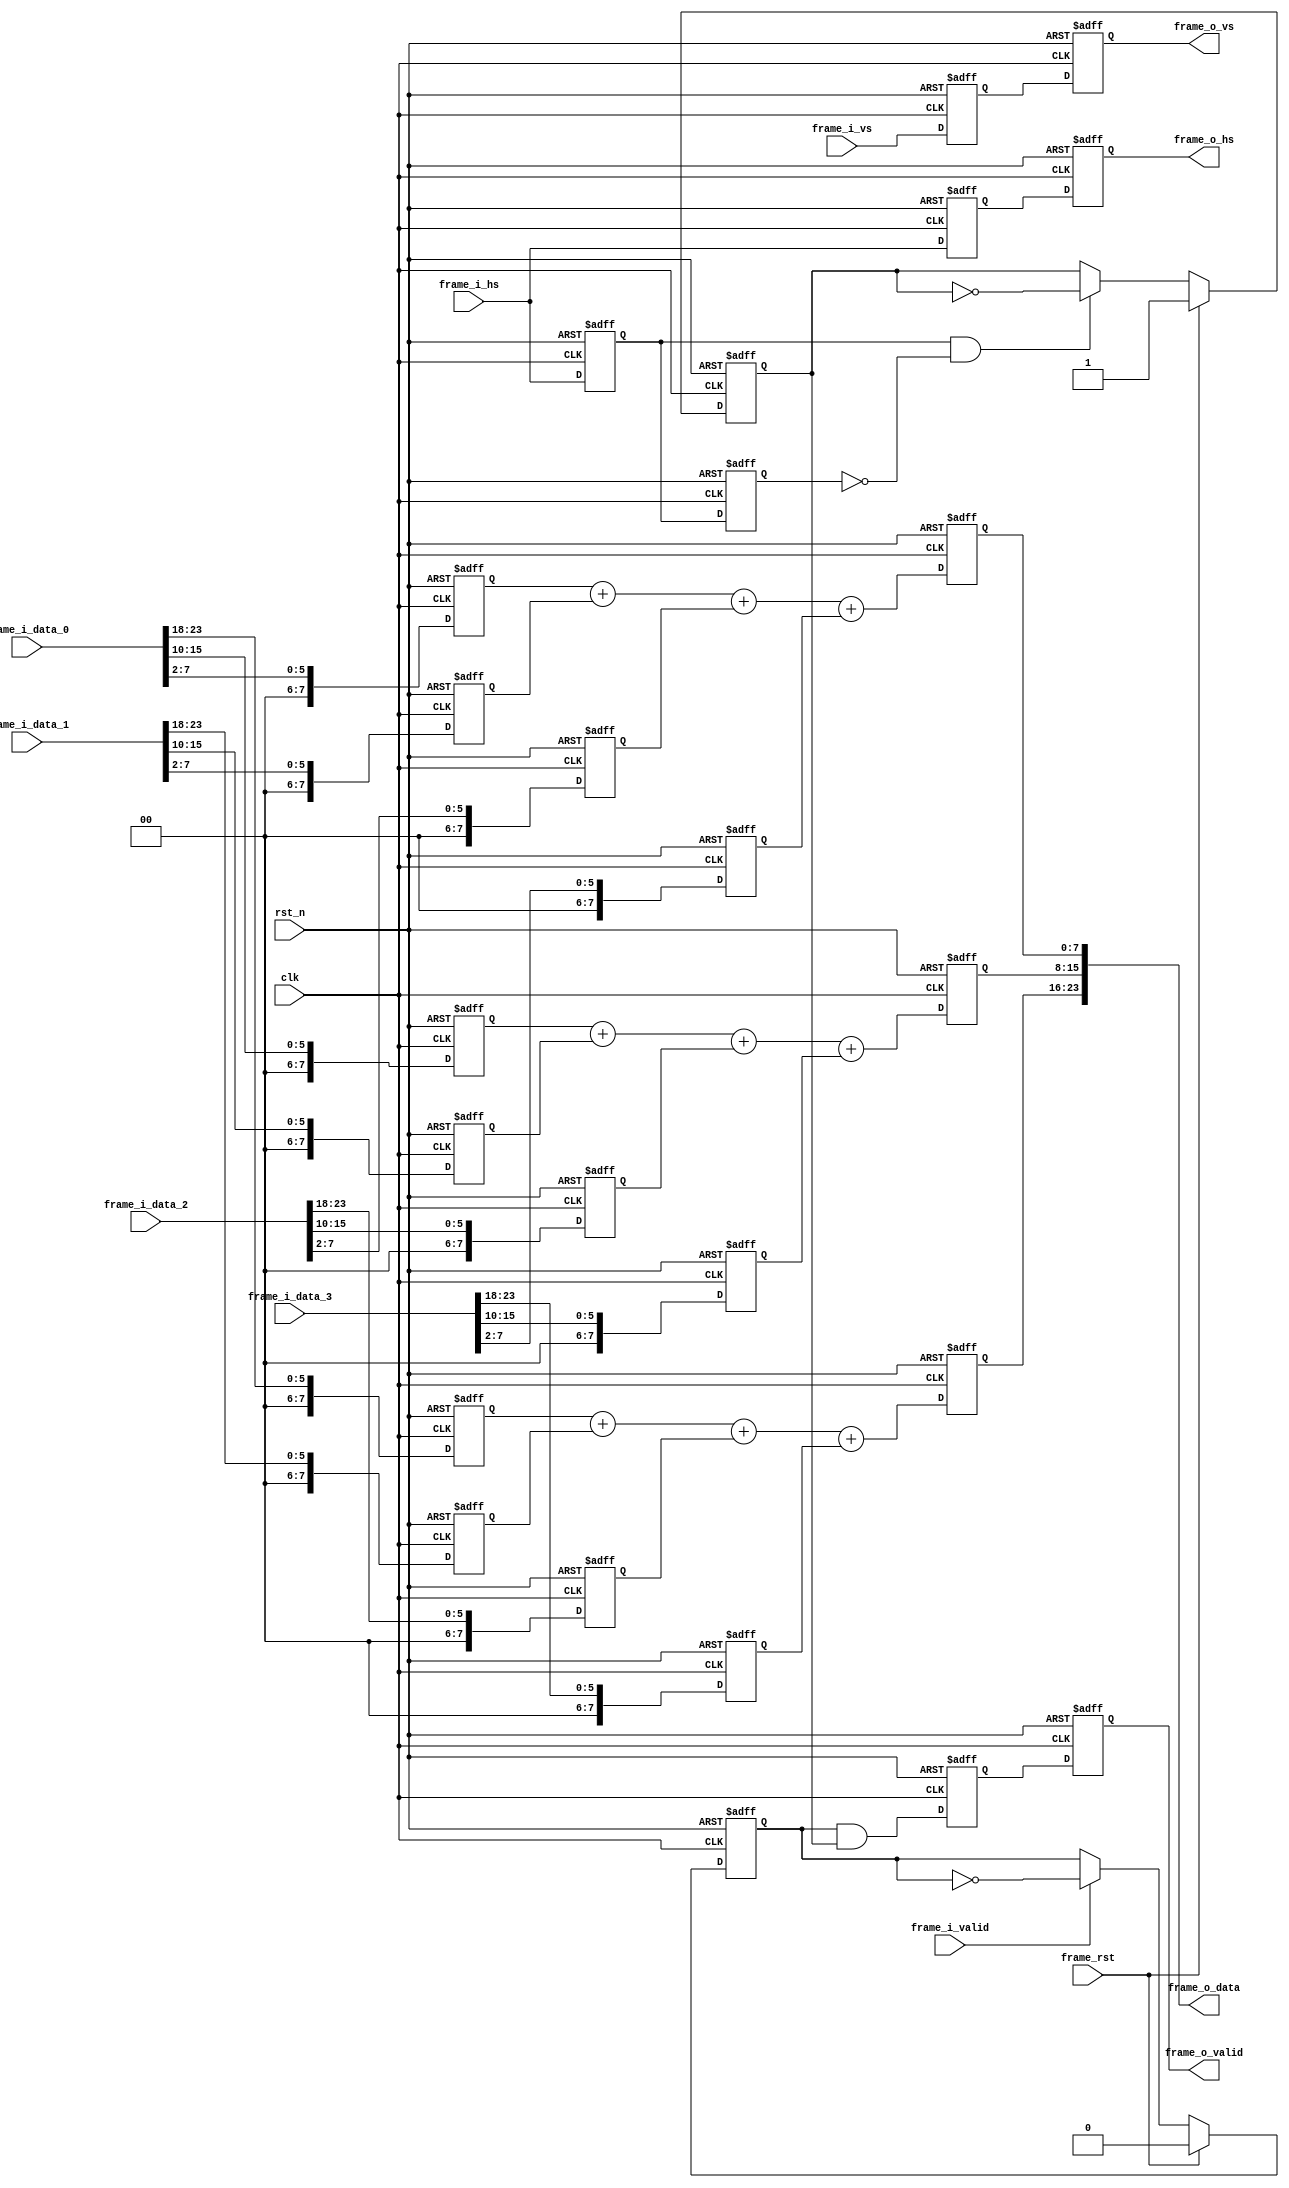
//************************************************
// Version      : v1.0
// Target Device: PANGO PGL50H
// Function     : 
//************************************************

module bilinear_calculator#(
    parameter DATA_WIDTH    = 24        ,
    parameter RGB_R_WIDTH   = 8         ,
    parameter RGB_G_WIDTH   = 8         ,
    parameter RGB_B_WIDTH   = 8         
)(
    input   wire                        clk             ,
    input   wire                        rst_n           ,
    input   wire                        frame_rst       ,
    
    input   wire                        frame_i_vs      ,
    input   wire                        frame_i_hs      ,
    input   wire                        frame_i_valid   ,
    input   wire    [DATA_WIDTH-1:0]    frame_i_data_0  ,
    input   wire    [DATA_WIDTH-1:0]    frame_i_data_1  ,
    input   wire    [DATA_WIDTH-1:0]    frame_i_data_2  ,
    input   wire    [DATA_WIDTH-1:0]    frame_i_data_3  ,
    
    output  reg                         frame_o_vs      ,
    output  reg                         frame_o_hs      ,
    output  reg                         frame_o_valid   ,
    output  wire    [DATA_WIDTH-1:0]    frame_o_data    
);
/*************************parameter**************************/


/****************************reg*****************************/
reg                         r0_frame_i_hs   ;
reg                         r1_frame_i_hs   ;

reg                         r_frame_h_valid ; // 
reg                         r_frame_v_valid ; // 

reg     [RGB_R_WIDTH-1:0]   r_frame_o_r     ;
reg     [RGB_G_WIDTH-1:0]   r_frame_o_g     ;
reg     [RGB_B_WIDTH-1:0]   r_frame_o_b     ;

reg     [RGB_R_WIDTH-1:0]   r_frame_r_0     ;
reg     [RGB_R_WIDTH-1:0]   r_frame_r_1     ;
reg     [RGB_R_WIDTH-1:0]   r_frame_r_2     ;
reg     [RGB_R_WIDTH-1:0]   r_frame_r_3     ;
reg     [RGB_G_WIDTH-1:0]   r_frame_g_0     ;
reg     [RGB_G_WIDTH-1:0]   r_frame_g_1     ;
reg     [RGB_G_WIDTH-1:0]   r_frame_g_2     ;
reg     [RGB_G_WIDTH-1:0]   r_frame_g_3     ;
reg     [RGB_B_WIDTH-1:0]   r_frame_b_0     ;
reg     [RGB_B_WIDTH-1:0]   r_frame_b_1     ;
reg     [RGB_B_WIDTH-1:0]   r_frame_b_2     ;
reg     [RGB_B_WIDTH-1:0]   r_frame_b_3     ;

reg                         r_frame_vs      ;
reg                         r_frame_hs      ;
reg                         r_frame_valid   ;

/****************************wire****************************/
wire                        frame_i_hs_posedge;
wire                        frame_data_valid; // 

wire    [RGB_R_WIDTH-1:0]   frame_i_r_0     ;
wire    [RGB_R_WIDTH-1:0]   frame_i_r_1     ;
wire    [RGB_R_WIDTH-1:0]   frame_i_r_2     ;
wire    [RGB_R_WIDTH-1:0]   frame_i_r_3     ;
wire    [RGB_G_WIDTH-1:0]   frame_i_g_0     ;
wire    [RGB_G_WIDTH-1:0]   frame_i_g_1     ;
wire    [RGB_G_WIDTH-1:0]   frame_i_g_2     ;
wire    [RGB_G_WIDTH-1:0]   frame_i_g_3     ;
wire    [RGB_B_WIDTH-1:0]   frame_i_b_0     ;
wire    [RGB_B_WIDTH-1:0]   frame_i_b_1     ;
wire    [RGB_B_WIDTH-1:0]   frame_i_b_2     ;
wire    [RGB_B_WIDTH-1:0]   frame_i_b_3     ;

/********************combinational logic*********************/
assign frame_i_hs_posedge = r0_frame_i_hs && (!r1_frame_i_hs);
assign frame_data_valid   = r_frame_h_valid && r_frame_v_valid;

assign frame_i_r_0        = frame_i_data_0[DATA_WIDTH-1:DATA_WIDTH-RGB_R_WIDTH];
assign frame_i_r_1        = frame_i_data_1[DATA_WIDTH-1:DATA_WIDTH-RGB_R_WIDTH];
assign frame_i_r_2        = frame_i_data_2[DATA_WIDTH-1:DATA_WIDTH-RGB_R_WIDTH];
assign frame_i_r_3        = frame_i_data_3[DATA_WIDTH-1:DATA_WIDTH-RGB_R_WIDTH];
assign frame_i_g_0        = frame_i_data_0[RGB_B_WIDTH+RGB_G_WIDTH-1:RGB_B_WIDTH];
assign frame_i_g_1        = frame_i_data_1[RGB_B_WIDTH+RGB_G_WIDTH-1:RGB_B_WIDTH];
assign frame_i_g_2        = frame_i_data_2[RGB_B_WIDTH+RGB_G_WIDTH-1:RGB_B_WIDTH];
assign frame_i_g_3        = frame_i_data_3[RGB_B_WIDTH+RGB_G_WIDTH-1:RGB_B_WIDTH];
assign frame_i_b_0        = frame_i_data_0[RGB_B_WIDTH-1:0];
assign frame_i_b_1        = frame_i_data_1[RGB_B_WIDTH-1:0];
assign frame_i_b_2        = frame_i_data_2[RGB_B_WIDTH-1:0];
assign frame_i_b_3        = frame_i_data_3[RGB_B_WIDTH-1:0];

assign frame_o_data       = {r_frame_o_r, r_frame_o_g, r_frame_o_b};

/**************************process***************************/
always@(posedge clk or negedge rst_n)
begin
    if(!rst_n)
        begin
            r0_frame_i_hs <= 1'b0;
            r1_frame_i_hs <= 1'b0;
        end
    else
        begin
            r0_frame_i_hs <= frame_i_hs;
            r1_frame_i_hs <= r0_frame_i_hs;
        end
end

always@(posedge clk or negedge rst_n)
begin
    if(!rst_n)
        r_frame_h_valid <= 1'b0;
    else if(frame_rst)
        r_frame_h_valid <= 1'b0;
    else if(frame_i_valid)
        r_frame_h_valid <= !r_frame_h_valid;
    else
        r_frame_h_valid <= r_frame_h_valid;
end

always@(posedge clk or negedge rst_n)
begin
    if(!rst_n)
        r_frame_v_valid <= 1'b1;
    else if(frame_rst)
        r_frame_v_valid <= 1'b1;
    else if(frame_i_hs_posedge)
        r_frame_v_valid <= !r_frame_v_valid;
    else
        r_frame_v_valid <= r_frame_v_valid;
end

always@(posedge clk or negedge rst_n)
begin
    if(!rst_n)
        begin
            r_frame_r_0 <= 'd0;
            r_frame_g_0 <= 'd0;
            r_frame_b_0 <= 'd0;
            r_frame_r_1 <= 'd0;
            r_frame_g_1 <= 'd0;
            r_frame_b_1 <= 'd0;
            r_frame_r_2 <= 'd0;
            r_frame_g_2 <= 'd0;
            r_frame_b_2 <= 'd0;
            r_frame_r_3 <= 'd0;
            r_frame_g_3 <= 'd0;
            r_frame_b_3 <= 'd0;
        end
    else
        begin
            r_frame_r_0 <= frame_i_r_0 >> 2;
            r_frame_g_0 <= frame_i_g_0 >> 2;
            r_frame_b_0 <= frame_i_b_0 >> 2;
            r_frame_r_1 <= frame_i_r_1 >> 2;
            r_frame_g_1 <= frame_i_g_1 >> 2;
            r_frame_b_1 <= frame_i_b_1 >> 2;
            r_frame_r_2 <= frame_i_r_2 >> 2;
            r_frame_g_2 <= frame_i_g_2 >> 2;
            r_frame_b_2 <= frame_i_b_2 >> 2;
            r_frame_r_3 <= frame_i_r_3 >> 2;
            r_frame_g_3 <= frame_i_g_3 >> 2;
            r_frame_b_3 <= frame_i_b_3 >> 2;
        end
end

always@(posedge clk or negedge rst_n)
begin
    if(!rst_n)
        begin
            r_frame_o_r <= 'd0;
            r_frame_o_g <= 'd0;
            r_frame_o_b <= 'd0;
        end
    else
        begin
            r_frame_o_r <= r_frame_r_0 + r_frame_r_1 + r_frame_r_2 + r_frame_r_3;
            r_frame_o_g <= r_frame_g_0 + r_frame_g_1 + r_frame_g_2 + r_frame_g_3;
            r_frame_o_b <= r_frame_b_0 + r_frame_b_1 + r_frame_b_2 + r_frame_b_3;
        end
end

always@(posedge clk or negedge rst_n)
begin
    if(!rst_n)
        begin
            r_frame_vs    <= 1'b0;
            r_frame_hs    <= 1'b0;
            r_frame_valid <= 1'b0;
        end
    else
        begin
            r_frame_vs    <= frame_i_vs;
            r_frame_hs    <= frame_i_hs;
            r_frame_valid <= frame_data_valid;
        end
end


always@(posedge clk or negedge rst_n)
begin
    if(!rst_n)
        begin
            frame_o_vs    <= 1'b0;
            frame_o_hs    <= 1'b0;
            frame_o_valid <= 1'b0;
        end
    else
        begin
            frame_o_vs    <= r_frame_vs;
            frame_o_hs    <= r_frame_hs;
            frame_o_valid <= r_frame_valid;
        end
end

endmodule